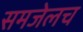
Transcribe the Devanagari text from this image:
समजेलच